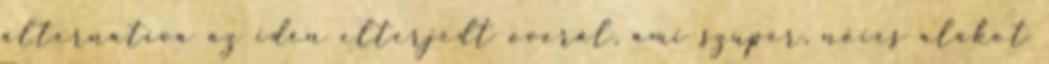
alternatíva az idén elterjedt overál, ami szuper, nőies alakot